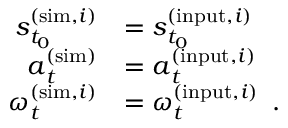
\begin{array} { r } { \begin{array} { r l } { \boldsymbol { s } _ { t _ { 0 } } ^ { ( \mathrm { s i m } , i ) } } & { = \boldsymbol { s } _ { t _ { 0 } } ^ { ( \mathrm { i n p u t } , i ) } } \\ { \boldsymbol { a } _ { t } ^ { ( \mathrm { s i m } ) } } & { = \boldsymbol { a } _ { t } ^ { ( \mathrm { i n p u t } , i ) } } \\ { \boldsymbol { \omega } _ { t } ^ { ( \mathrm { s i m } , i ) } } & { = \boldsymbol { \omega } _ { t } ^ { ( \mathrm { i n p u t } , i ) } \enspace . } \end{array} } \end{array}